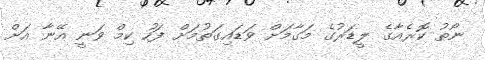
ނޯތު ކޮރެއާގެ ލީޑަރުގެ މަގާމަށް ވަޑައިގަތުމަށް ފަހު ކިމް ވަނީ އޭނާ އަށް